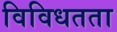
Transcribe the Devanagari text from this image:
विविधतता